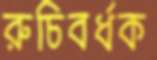
রুচিবর্ধক